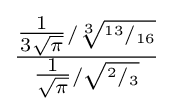
{\tfrac {{\tfrac {1}{3{\sqrt {\pi }}}}/{\sqrt[{3}]{^{13}/_{16}}}}{{\tfrac {1}{\sqrt {\pi }}}/{\sqrt {^{2}/_{3}}}}}